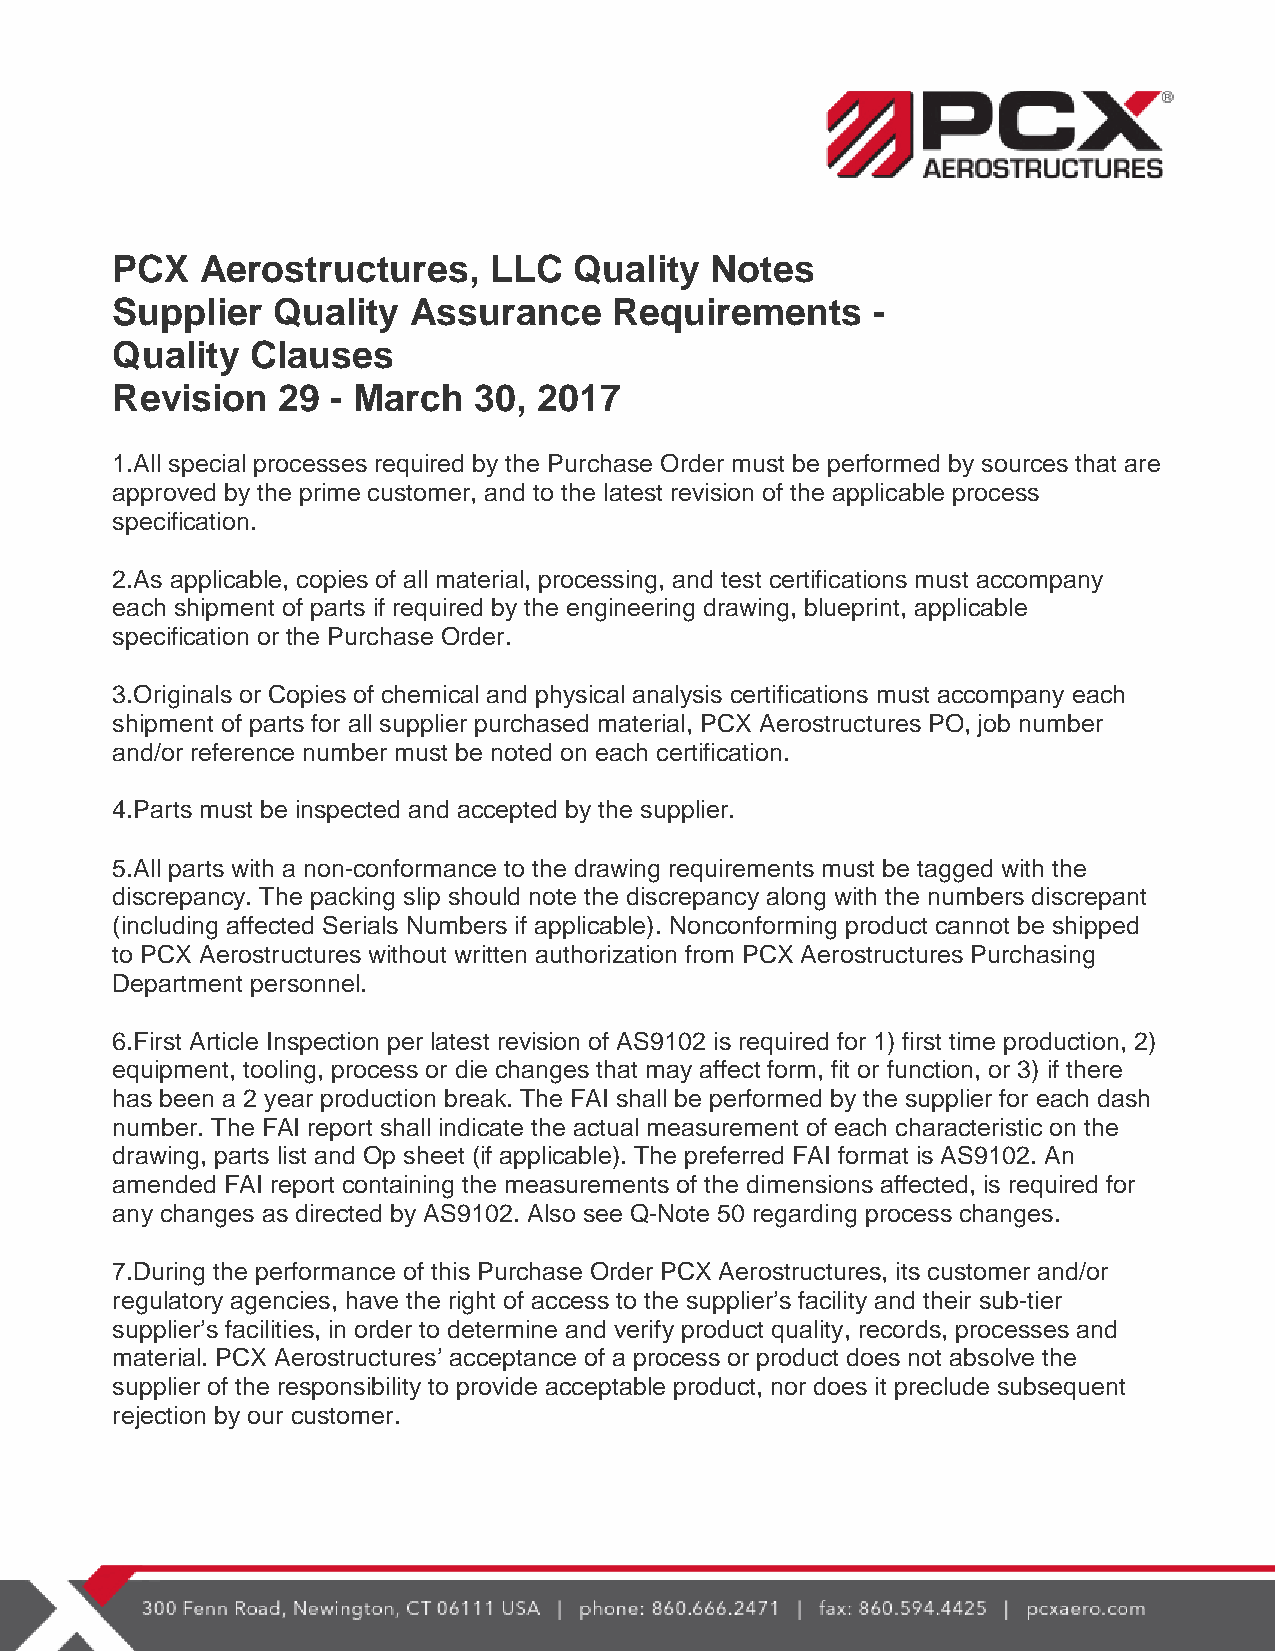
PCX   Aerostructures,    LLC   Quality  Notes
 Supplier   Quality  Assurance     Requirements     -
 Quality   Clauses
 Revision   29  - March  30,  2017
 1.All special processes required by the Purchase Order must be performed by sources that are
 approved by the prime customer, and to the latest revision of the applicable process
 specification.
 2.As applicable, copies of all material, processing, and test certifications must accompany
 each shipment of parts if required by the engineering drawing, blueprint, applicable
 specification or the Purchase Order.
 3.Originals or Copies of chemical and physical analysis certifications must accompany each
 shipment of parts for all supplier purchased material, PCX Aerostructures PO, job number
 and/or reference number must be noted on each certification.
 4.Parts must be inspected and accepted by the supplier.
 5.All parts with a non-conformance to the drawing requirements must be tagged with the
 discrepancy. The packing slip should note the discrepancy along with the numbers discrepant
 (including affected Serials Numbers if applicable). Nonconforming product cannot be shipped
 to PCX Aerostructures without written authorization from PCX Aerostructures Purchasing
 Department personnel.
 6.First Article Inspection per latest revision of AS9102 is required for 1) first time production, 2)
 equipment, tooling, process or die changes that may affect form, fit or function, or 3) if there
 has been a 2 year production break. The FAI shall be performed by the supplier for each dash
 number. The FAI report shall indicate the actual measurement of each characteristic on the
 drawing, parts list and Op sheet (if applicable). The preferred FAI format is AS9102. An
 amended FAI report containing the measurements of the dimensions affected, is required for
 any changes as directed by AS9102. Also see Q-Note 50 regarding process changes.
 7.During the performance of this Purchase Order PCX Aerostructures, its customer and/or
 regulatory agencies, have the right of access to the supplier’s facility and their sub-tier
 supplier’s facilities, in order to determine and verify product quality, records, processes and
 material. PCX Aerostructures’ acceptance of a process or product does not absolve the
 supplier of the responsibility to provide acceptable product, nor does it preclude subsequent
 rejection by our customer.